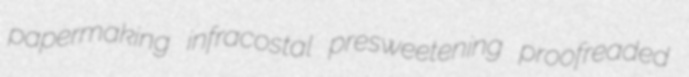
papermaking infracostal presweetening proofreaded